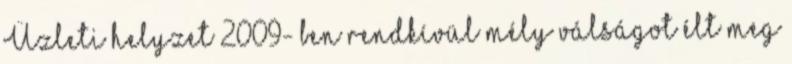
Üzleti helyzet 2009- ben rendkívül mély válságot élt meg